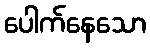
ပေါက်နေသော